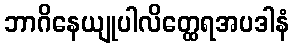
ဘာဂိနေယျုပါလိတ္ထေရအပဒါနံ